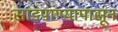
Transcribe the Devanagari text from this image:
सांडपाण्यापासून